Trukikaitis_Postimees, lk 61
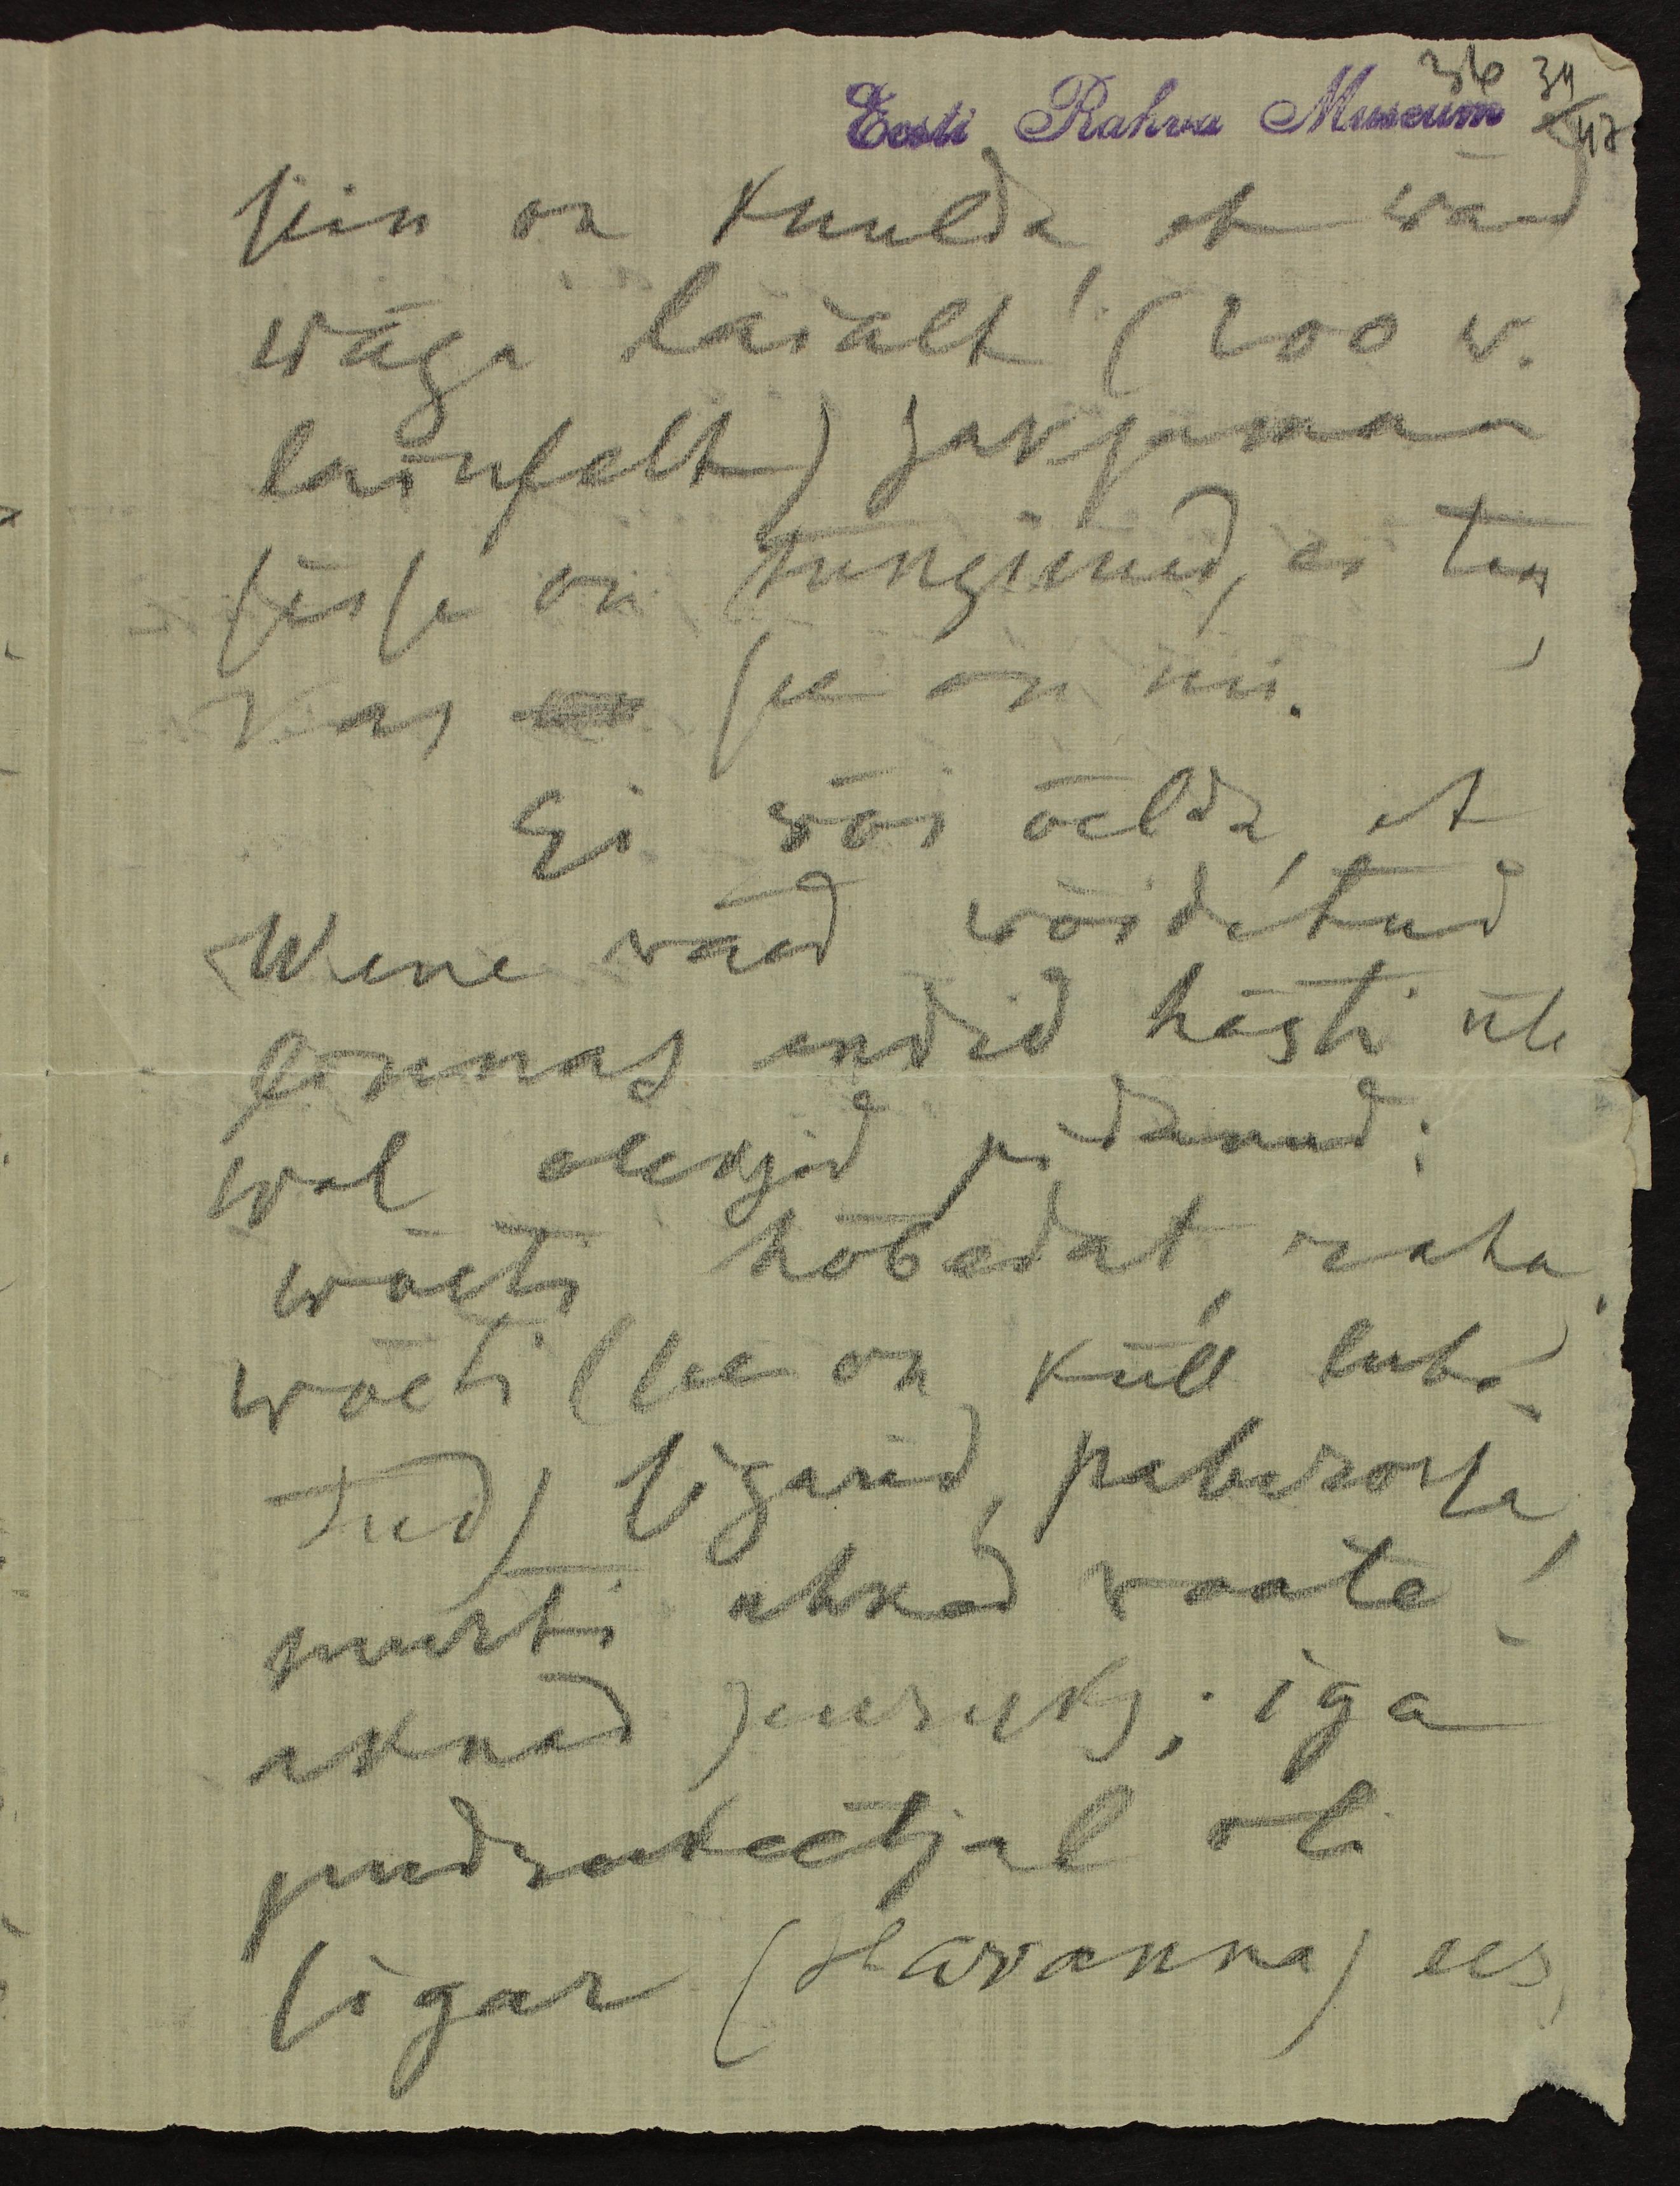
36
34
Eesti Rahva Museum
47
siin on kuulda,et wäed
wäga laialt (200 w.
laiuselt) saksamaa
sisse on tunginud, ei tea
kas ka see on nii.
Ei wõi öelda, et
Wene väed wõidetud
lõunas endid hästi üle
wal oleksid pidanud:
wõeti hõbedat, raha,
wõeti (see on küll luba-
tud) sigarid, paberossa,
murti uhked vaate-
aknad puruks; iga
pudrukeetjal oli
sigar (Havanna) ees,